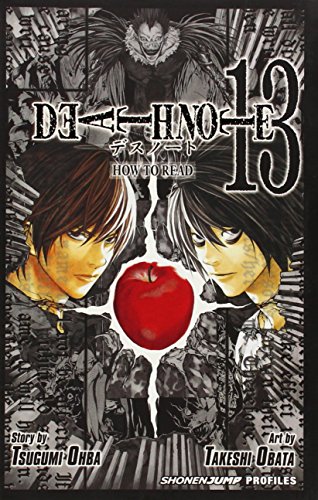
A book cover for Death Note, Vol. 13: How to Read; Tsugumi Ohba; Comics & Graphic Novels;